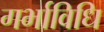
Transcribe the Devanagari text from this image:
गर्भाविधि